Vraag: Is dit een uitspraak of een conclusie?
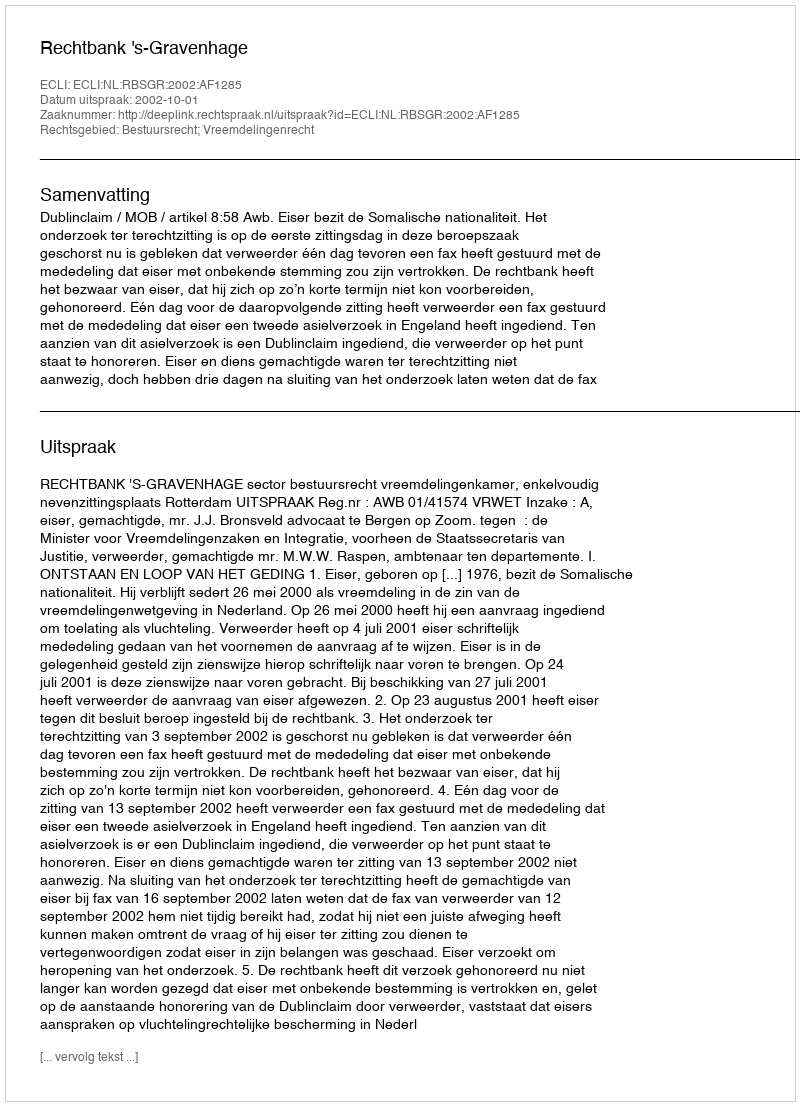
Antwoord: Uitspraak